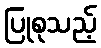
ပြုစုသည့်